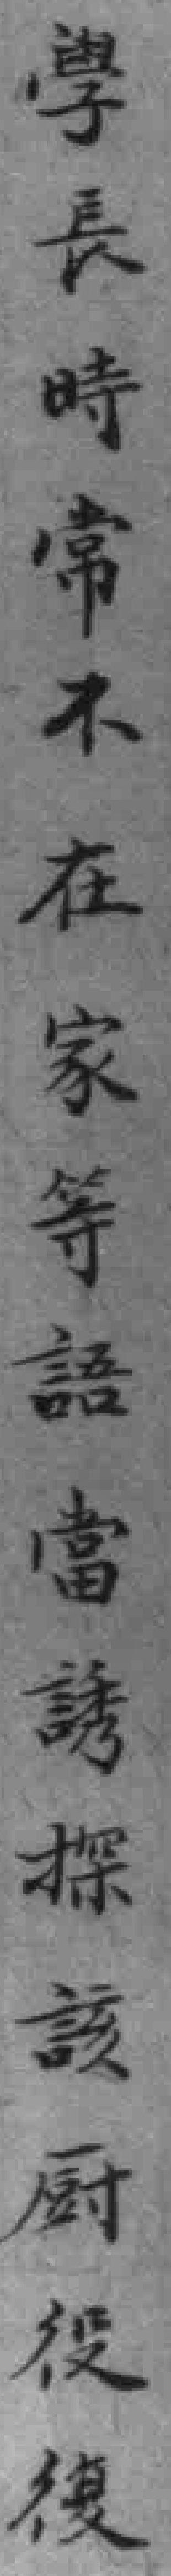
學長時常不在家等語當探該厨役復